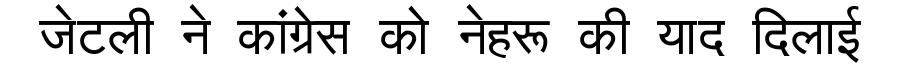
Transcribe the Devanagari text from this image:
जेटली ने कांग्रेस को नेहरू की याद दिलाई